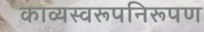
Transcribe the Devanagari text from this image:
काव्यस्वरूपनिरूपण